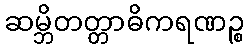
ဆမ္ဘိတတ္တာဓိကရဏဉ္စ